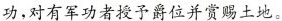
功，对有军功者授予爵位并赏赐土地。